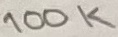
Text: 100K